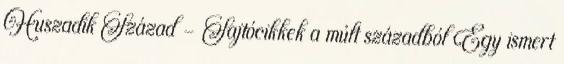
Huszadik Század - Sajtócikkek a múlt századból Egy ismert